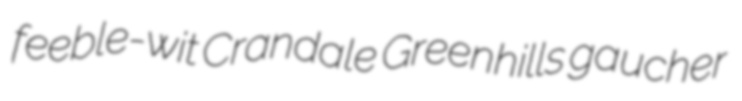
feeble-wit Crandale Greenhills gaucher